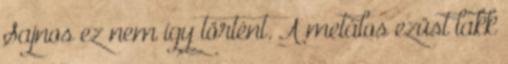
Sajnos ez nem így történt. A metálos ezüst lakk